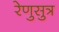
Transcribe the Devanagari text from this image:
रेणुसुत्र